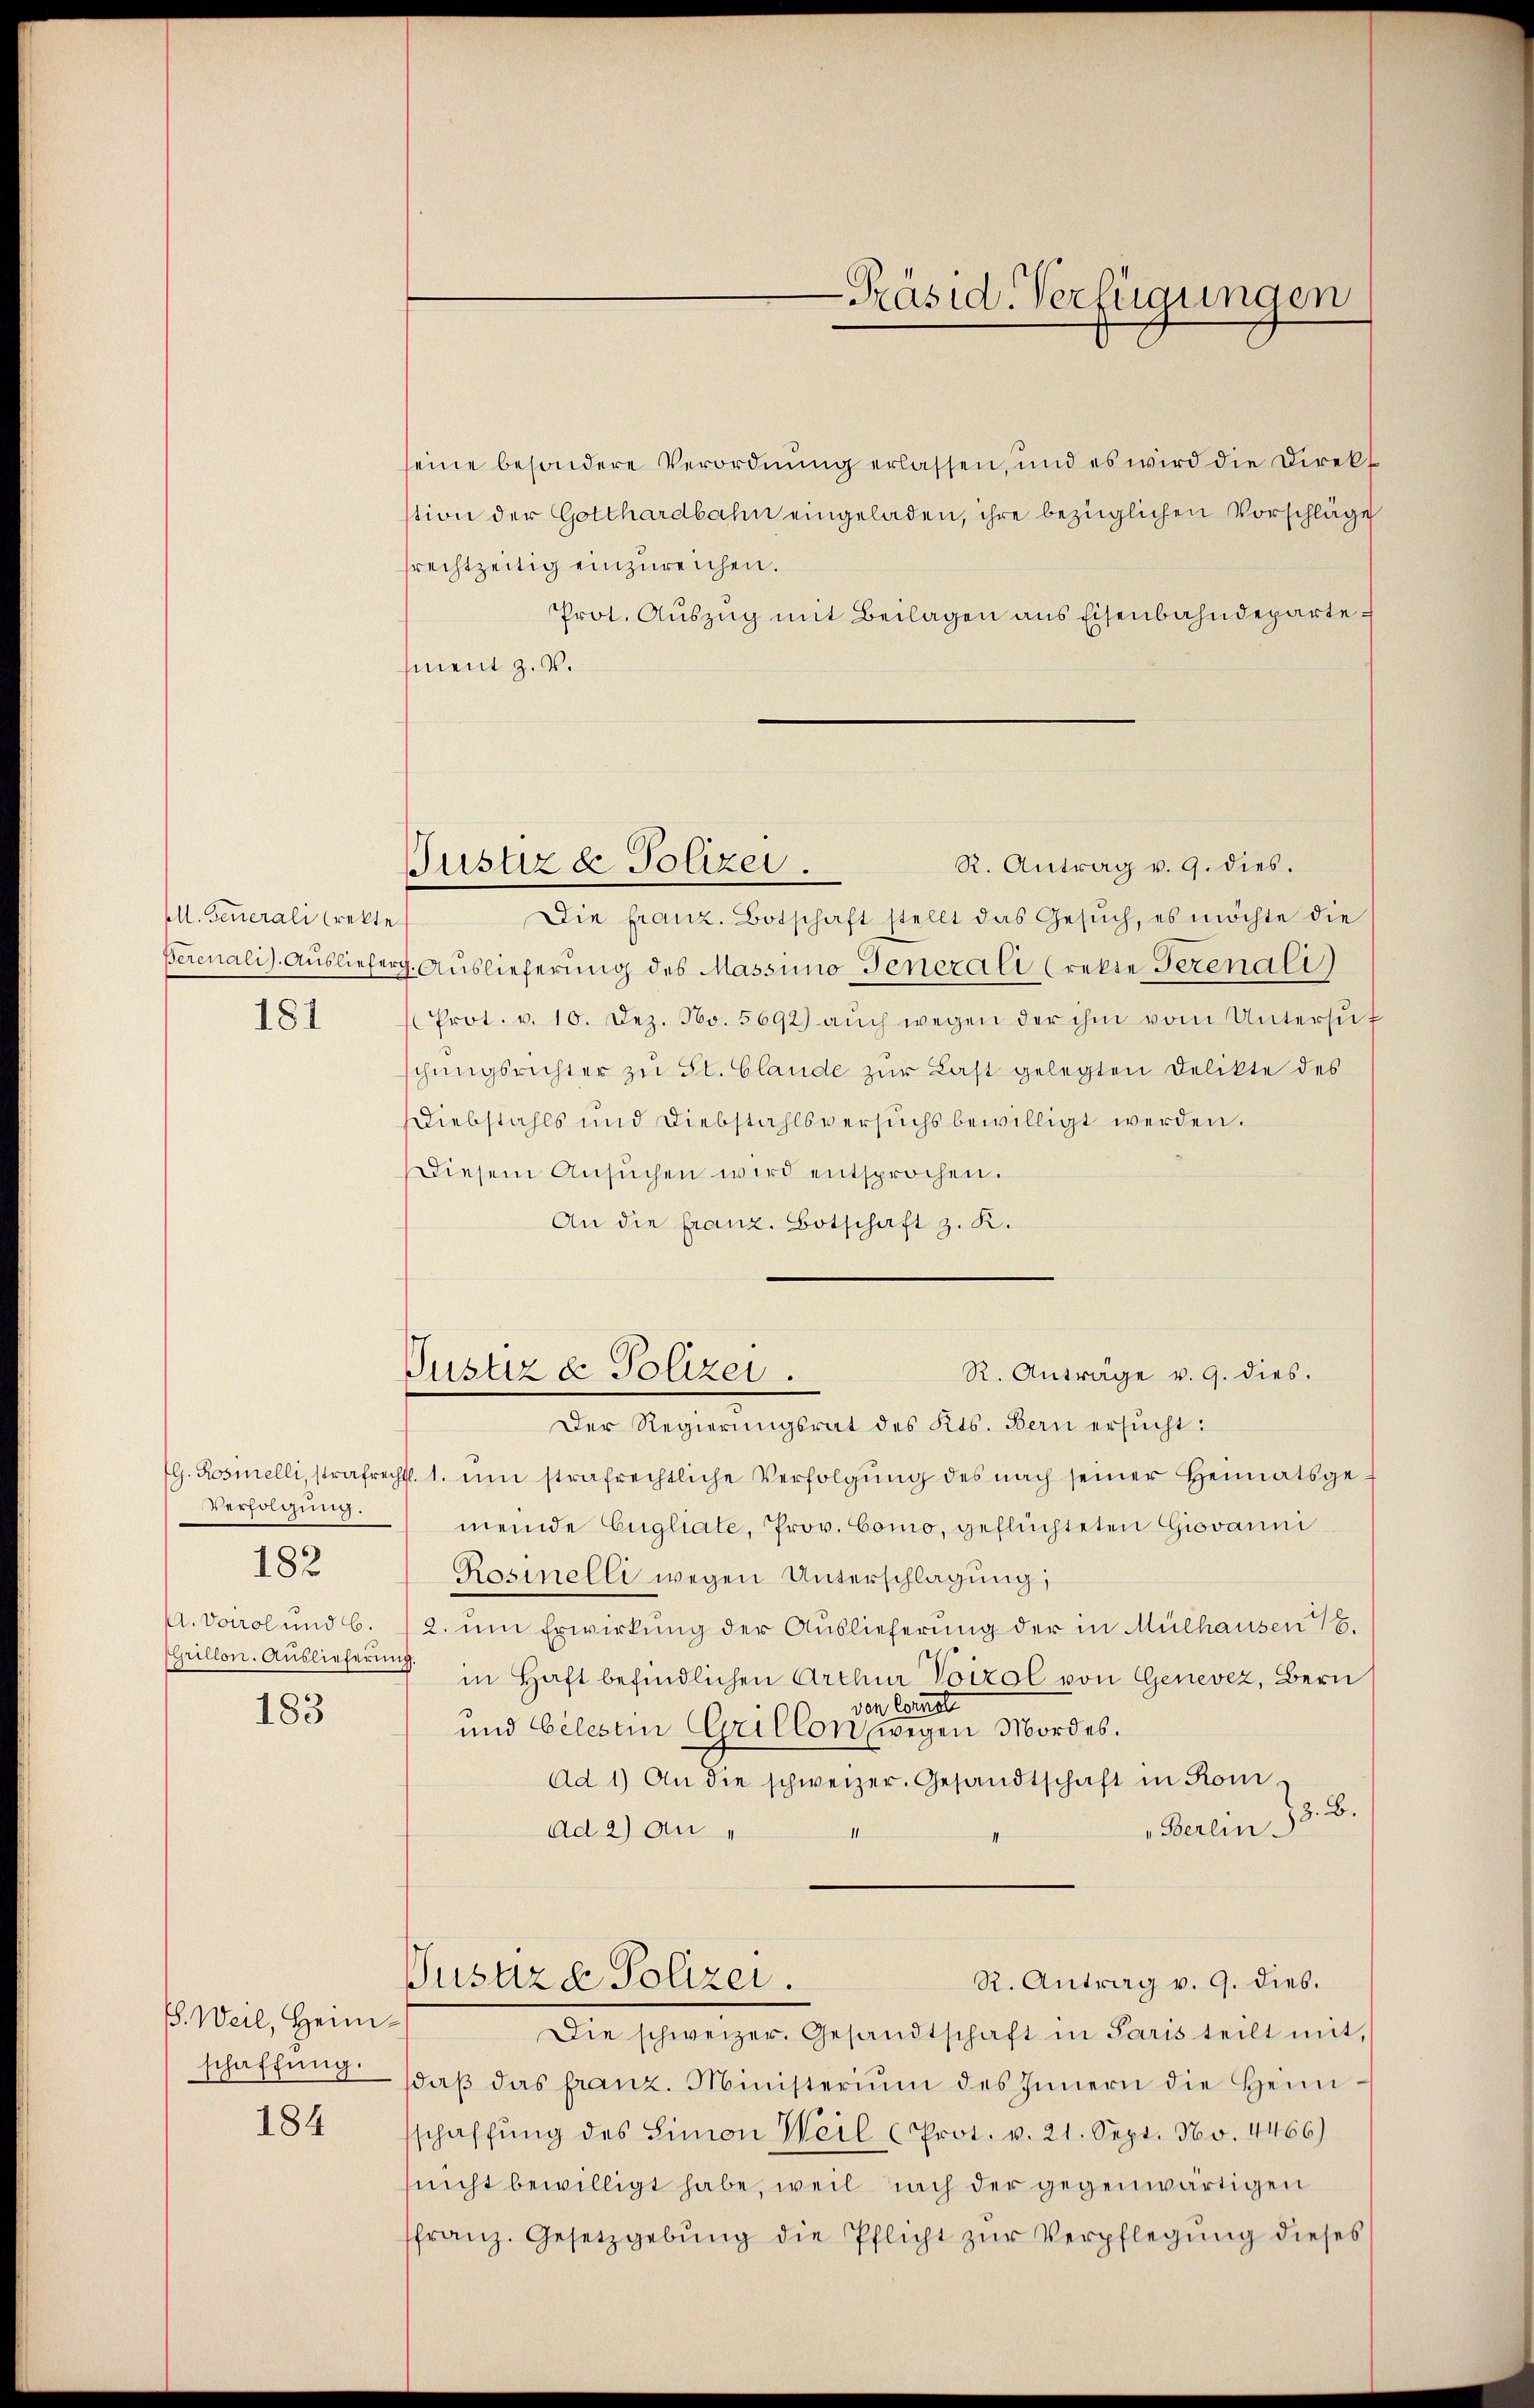
All. Generali crekte
Berenalis. Ausliefer
181

Verfolgung.
A. Vorol und 6.
CGrillon. Auslieferung.
183

182

B. Weil, Heim¬

184

seine besondere Verordnung erlassen, und es wird die Direkt
stion der Gotthardbahn eingeladen, ihre bezüglichen Vorschläge
srechtzeitig einzureichen.
Prot. Auszug mit Beilagen aus Eisenbahndepartement z. B.
R. Antrag v. 9. dies.
Die franz. Botschaft stellt das Gesŭch, es möchte die
g. Auslieferung des Massimo Generali (rekte Gezenali
Prot. v. 10. Dez. No. 5692) aŭch wegen der ihm vom Untersŭf
schungsrichter zu St. Claude zur Last gelegten Delikte des
Diebstahls und Diebstahlsversuchs bewilligt werden.
Diesem Ansŭchen wird entsprochen.
An die franz. Botschaft z. K.
R. Anträge v. 9. dies.
Justiz & Polizei.
Der Regierungsrat des Kts. Bern ersŭcht:
G. Rosmelli, strafrechtl. 1. um strafrechtliche Verfolgŭng des nach seiner Heimatsgemeinde Engliate, Prov. Como, geflüchteten Giovanni
Rosinelli wegen Unterschlagung;
2. um Erwirkung der Auslieferung der in Mülhausen 16.
in Haft befindlichen Arthur Voirol von Genevez, Bern
ven Cornel
und Celestin Grillon, wegen Mordes.
Ad 1) An die schweizer. Gesandtschaft in Kon-
8. B.
"Berlin.
Ad 2) Au
Pustiza Polizei.
R. Antrag v. 9. dies.
Die schweizer. Gesandtschaft in Paris teilt mit,
schaffŭng daβ das franz. Ministerium des Innern die Heimschaffŭng des Simon Weil (Prot. v. 21. Sept. No. 4466)
nicht bewilligt habe, weil nach der gegenwärtigen
ffranz. Gesetzgebŭng die Pflicht zŭr Verpflegŭng dieses

Justiz & Polizei.

-Präsid. Verfügungen